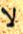
لا